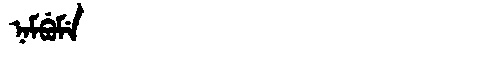
Manchu: ᠨᠠᠮᠪᡠᠮᡝ
Romanization: NAMBUME